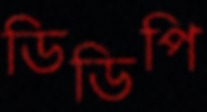
ডিডিপি